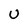
Character: U